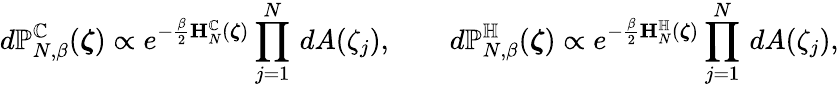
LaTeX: d\mathbb{P}_{N,\beta}^{\mathbb{C}}(\boldsymbol{\zeta})\propto e^{-\frac{\beta}{2}\mathbf{H}_{N}^{\mathbb{C}}(\boldsymbol{\zeta})}\prod_{j=1}^{N}\, dA(\zeta_{j}),\qquad d\mathbb{P}_{N,\beta}^{\mathbb{H}}(\boldsymbol{\zeta})\propto e^{-\frac{\beta}{2}\mathbf{H}_{N}^{\mathbb{H}}(\boldsymbol{\zeta})}\prod_{j=1}^{N}\, dA(\zeta_{j}),